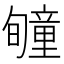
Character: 𥫂